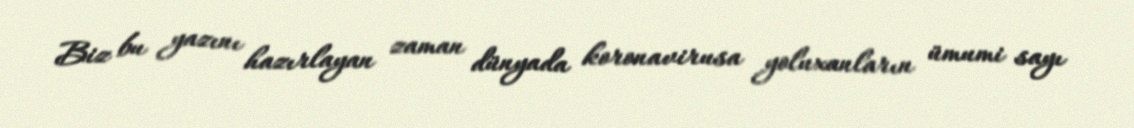
Biz bu yazını hazırlayan zaman dünyada koronavirusa yoluxanların ümumi sayı